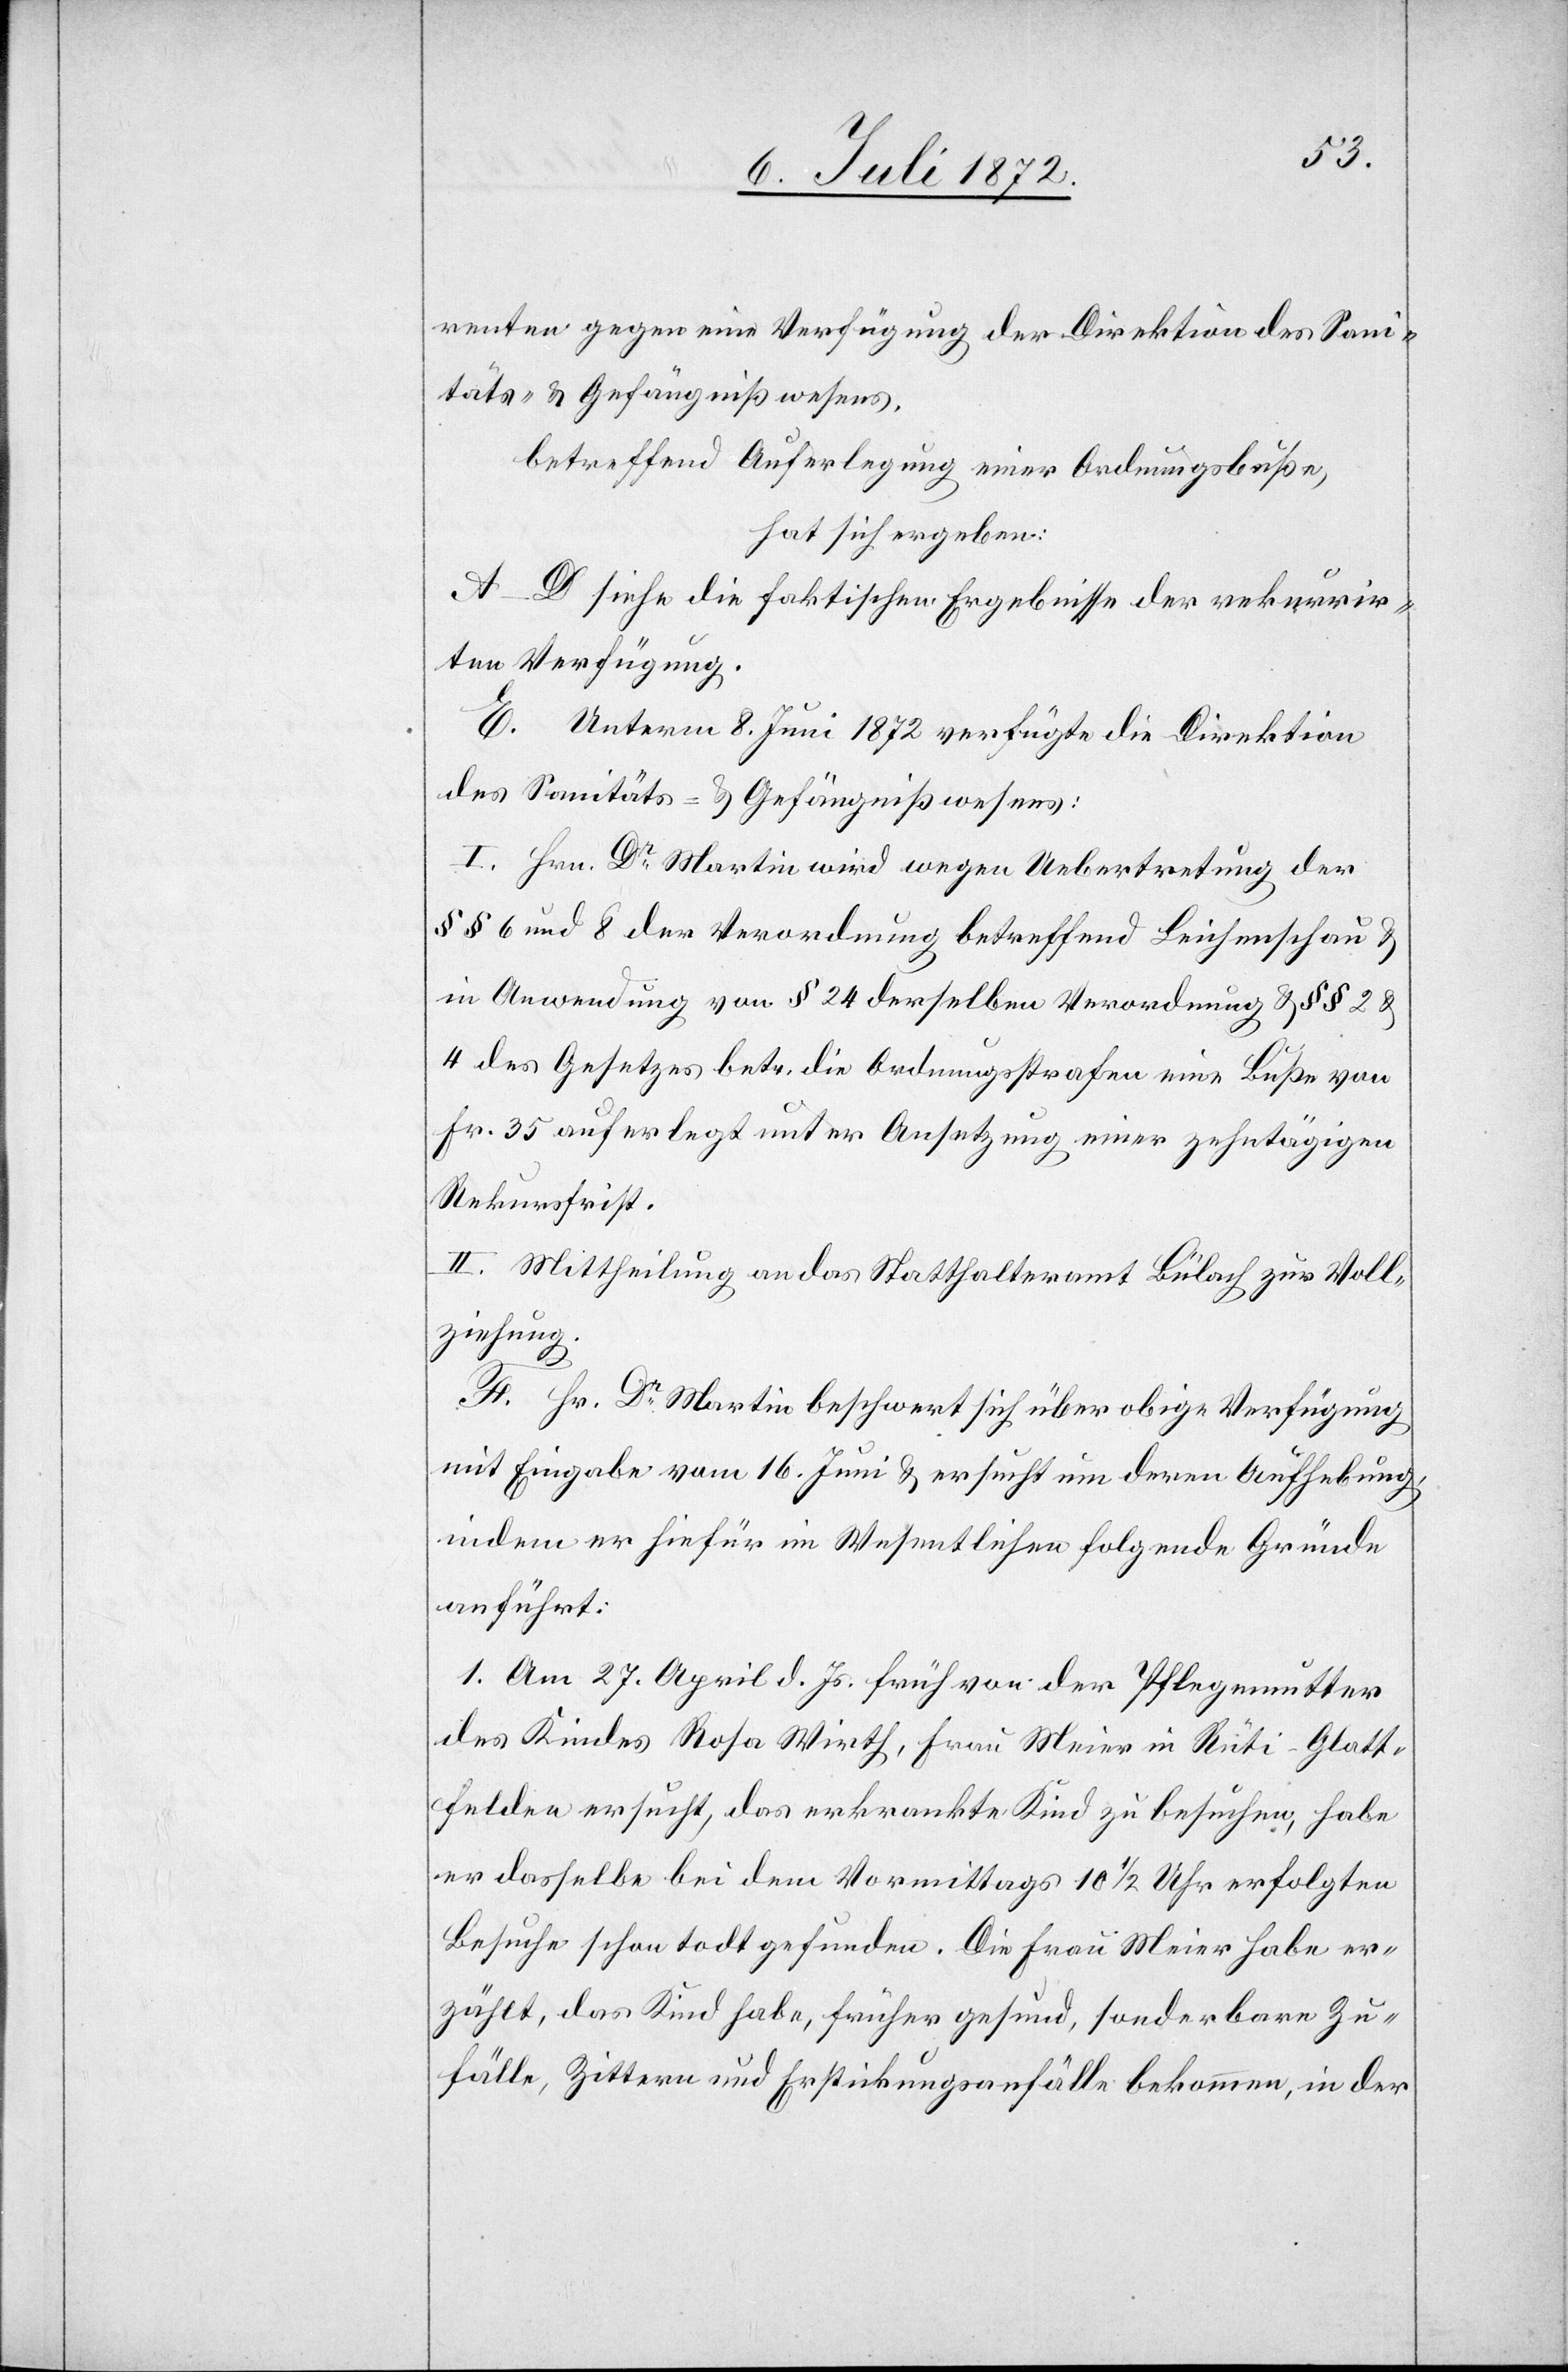
renten gegen eine Verfügung der Direktion des Sani¬
täts- u. Gefängnißwesens,
betreffend Auferlegung einer Ordnungsbuße,
hat sich ergeben:
A–D siehe die faktischen Ergebnisse der rekurrir¬
ten Verfügung.
E. Unterm 8. Juni 1872 verfügte die Direktion
des Sanitäts- u. Gefängnißwesens:
I. Hrn. Dr Martin wird wegen Uebertretung der
§§ 6 und 8 der Verordnung betreffend Leichenschau u.
in Anwendung von § 24 derselben Verordnung u. §§ 2 u.
4 des Gesetzes betr. die Ordnungsstrafen eine Buße von
Fr. 35 auferlegt unter Ansetzung einer zehntägigen
Rekursfrist.
II. Mittheilung an das Statthalteramt Bülach zur Voll¬
ziehung.
F. Hr. Dr Martin beschwert sich über obige Verfügung
mit Eingabe vom 16. Juni u. ersucht um deren Aufhebung
indem er hiefür im Wesentlichen folgende Gründe
anführt:
1. Am 27. April d. Js. früh von der Pflegemutter
des Kindes Rosa Wirth, Frau Meier in Rüti-Glatt¬
felden ersucht, das erkrankte Kind zu besuchen, habe
er dasselbe bei dem Vormittags 10 1/2 Uhr erfolgten
Besuche schon todt gefunden. Die Frau Meier habe er¬
zählt, das Kind habe, früher gesund, sonderbare Zu¬
fälle, Zittern und Erstickungsanfälle bekommen, in der